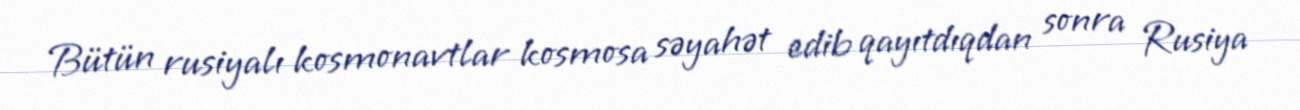
Bütün rusiyalı kosmonavtlar kosmosa səyahət edib qayıtdıqdan sonra Rusiya